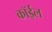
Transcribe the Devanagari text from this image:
कॉईल